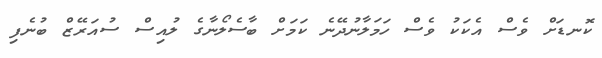
ކޮނޑަށް ވެސް އެކަކު ވެސް ހަމަލާނުދޭނެ ކަމަށް ބާސެލޯނާގެ ލުއިސް ސުއަރޭޒް ބުނެފި